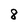
Character: 8